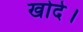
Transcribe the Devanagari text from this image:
खोदे।